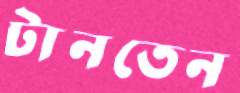
টানতেন